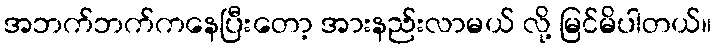
အဘက်ဘက်ကနေပြီးတော့ အားနည်းလာမယ် လို့ မြင်မိပါတယ်။